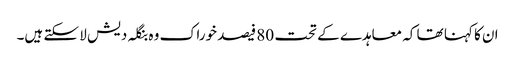
ان کا کہنا تھا کہ معاہدے کے تحت 80 فیصد خوراک وہ بنگلہ دیش لا سکتے ہیں۔